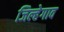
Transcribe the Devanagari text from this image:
जिल्हेगाव